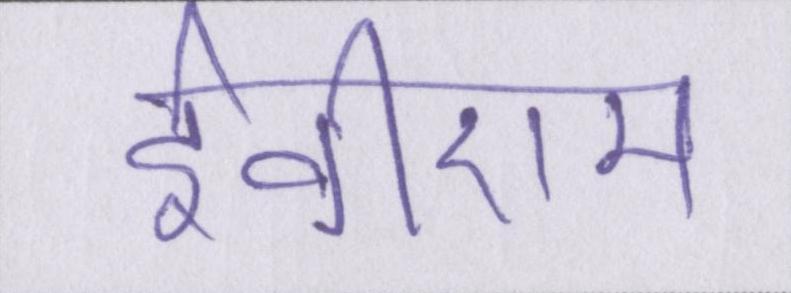
ईवीएम